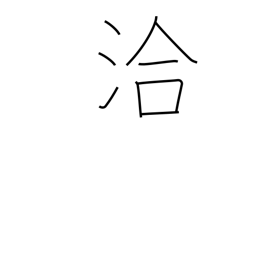
Meaning: far and wide